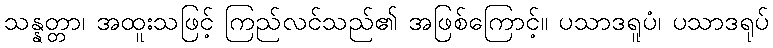
သန္နတ္တာ၊ အထူးသဖြင့် ကြည်လင်သည်၏ အဖြစ်ကြောင့်။ ပသာဒရူပံ၊ ပသာဒရုပ်